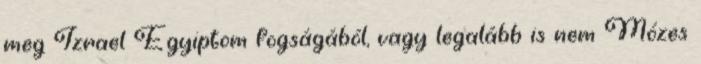
meg Izrael Egyiptom fogságából, vagy legalább is nem Mózes